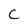
Character: C